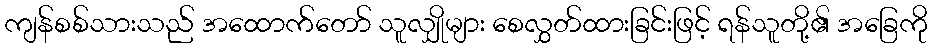
ကျန်စစ်သားသည် အထောက်တော် သူလျှိုများ စေလွှတ်ထားခြင်းဖြင့် ရန်သူတို့၏ အခြေကို